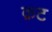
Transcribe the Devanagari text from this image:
क़ट